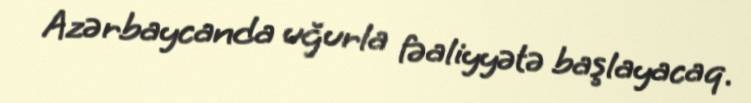
Azərbaycanda uğurla fəaliyyətə başlayacaq.